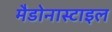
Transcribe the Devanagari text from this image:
मैडोनास्टाइल